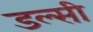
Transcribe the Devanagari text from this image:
डल्सी